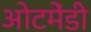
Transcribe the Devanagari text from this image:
ओटमेंडी